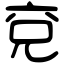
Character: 兗